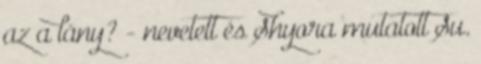
az a lány? - nevetett és Shyora mutatott Su.